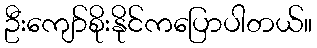
ဦးကျော်စိုးနိုင်ကပြောပါတယ်။